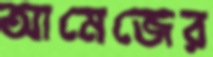
আমেজের